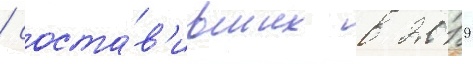
/ соста́в'ивших в 2019